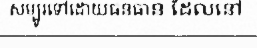
សម្បូរទៅដោយធនធាន ដែលនៅ